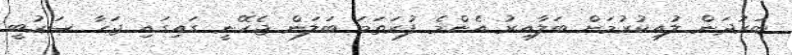
ބަރުދަން ލުއިކުރުމަށް ބަލާއިރު އެންމެ ފުރަތަމަ ބަލަން ޖެހޭނީ ގައިގައި ޖަހާ ސަރުބީ